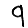
Digit: 9